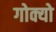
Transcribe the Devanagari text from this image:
गोक्यो